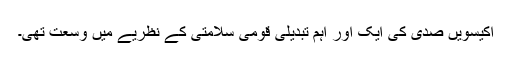
اکیسویں صدی کی ایک اور اہم تبدیلی قومی سلامتی کے نظریے میں وسعت تھی۔